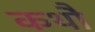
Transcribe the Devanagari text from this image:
कथौ